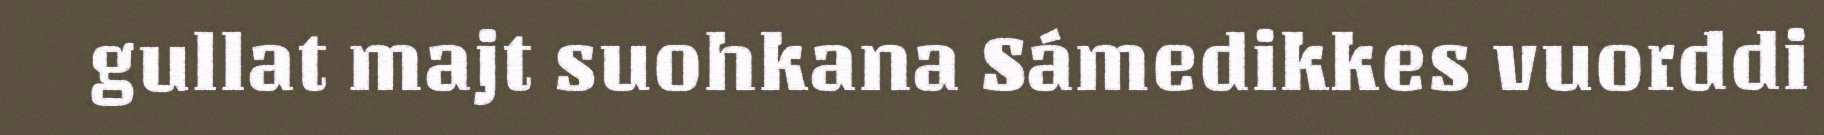
gullat majt suohkana Sámedikkes vuorddi